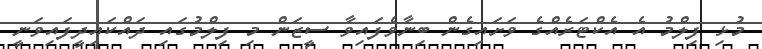
މުޅި ފިލްމު އެ އެކްޓަރެއްގެ ވަށައިގެން ބިނާވެފައިވާ ސީޒަން މި ފިލްމުގައި ދައްކައިދީފައިވަނީ